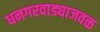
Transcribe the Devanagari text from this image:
धनगरवाड्याजवळ